Annual report of the Civil Veterinary Department, Bengal, and of the Bengal Veterinary College for the year 1903-1904 - 1903-1904
Year: 1903
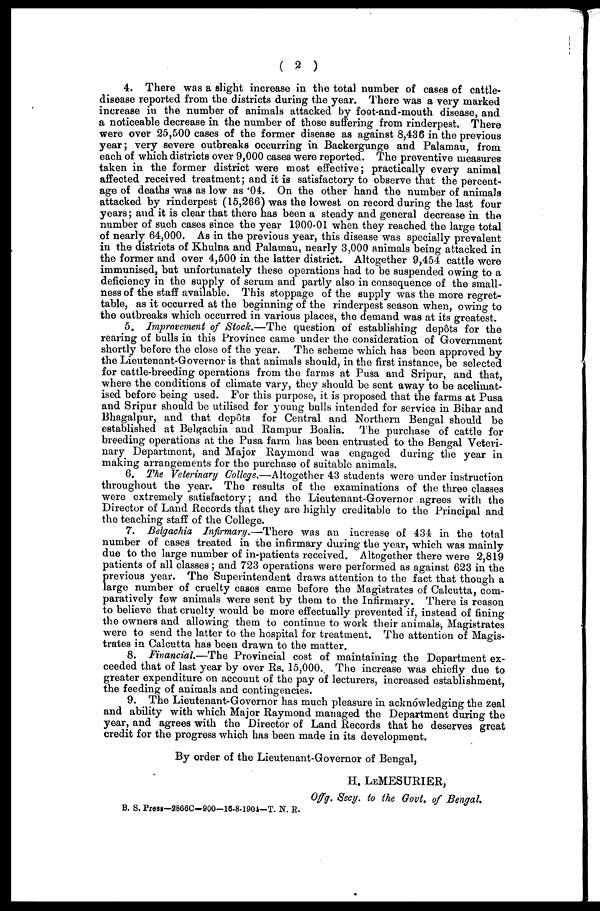
( 2 )
4. There was a slight increase in the total number of cases of cattle-
disease reported from the districts during the year. There was a very marked
increase in the number of animals attacked by foot-and-mouth disease, and
a noticeable decrease in the number of those suffering from rinderpest. There
were over 25,500 cases of the former disease as against 8,436 in the previous
year; very severe outbreaks occurring in Backergunge and Palamau, from
each of which districts over 9,000 cases were reported. The preventive measures
taken in the former district were most effective; practically every animal
affected received treatment; and it is satisfactory to observe that the percent-
age of deaths was as low as .04. On the other hand the number of animals
attacked by rinderpest (15,266) was the lowest on record during the last four
years; and it is clear that there has been a steady and general decrease in the
number of such cases since the year 1900-01 when they reached the large total
of nearly 64,000. As in the previous year, this disease was specially prevalent
in the districts of Khulna and Palamau, nearly 3,000 animals being attacked in
the former and over 4,500 in the latter district. Altogether 9,454 cattle were
immunised, but unfortunately these operations had to be suspended owing to a
deficiency in the supply of serum and partly also in consequence of the small-
ness of the staff available. This stoppage of the supply was the more regret-
table, as it occurred at the beginning of the rinderpest season when, owing to
the outbreaks which occurred in various places, the demand was at its greatest.
5. Improvement of Stock.—The question of establishing dep6ts for the
rearing of bulls in this Province came under the consideration of Government
shortly before the close of the year. The scheme which has been approved by
the Lieutenant-Governor is that animals should, in the first instance, be selected
for cattle-breeding operations from the farms at Pusa and Sripur, and that,
where the conditions of climate vary, they should be sent away to be acclimat-
ised before being used. For this purpose, it is proposed that the farms at Pusa
and Sripur should be utilised for young bulls intended for service in Bihar and
Bhagalpur, and that depots for Central and Northern Bengal should be
established at Belgachia and Rampur Boalia. The purchase of cattle for
breeding operations at the Pusa farm has been entrusted to the Bengal Veteri-
nary Department, and Major Raymond was engaged during the year in
making arrangements for the purchase of suitable animals.
6. The Veterinary College.—Altogether 43 students were under instruction
throughout the year. The results of the examinations of the three classes
were extremely satisfactory; and the Lieutenant-Governor agrees with the
Director of Land Records that they are highly creditable to the Principal and
the teaching staff of the College.
7. Belgachia Infirmary.—There was an increase of 434 in the total
number of cases treated in the infirmary during the year, which was mainly
due to the large number of in-patients received. Altogether there were 2,819
patients of all classes; and 723 operations were performed as against 623 in the
previous year. The Superintendent draws attention to the fact that though a
large number of cruelty cases came before the Magistrates of Calcutta, com-
paratively few animals were sent by them to the Infirmary. There is reason
to believe that cruelty would be more effectually prevented if, instead of fining
the owners and allowing them to continue to work their animals, Magistrates
were to send the latter to the hospital for treatment. The attention of Magis-
trates in Calcutta has been drawn to the matter.
8. Financial.—The Provincial cost of maintaining the Department ex-
ceeded that of last year by over Rs. 15,000. The increase was chiefly due to
greater expenditure on account of the pay of lecturers, increased establishment,
the feeding of animals and contingencies.
9. The Lieutenant-Governor has much pleasure in acknowledging the zeal
and ability with which Major Raymond managed the Department during the
year, and agrees with the Director of Land Records that he deserves great
credit for the progress which has been made in its development.
By order of the Lieutenant-Governor of Bengal,
H. LEMESURIER,
Offg. Secy. to the Govt. of Bengal.
B. S. Press—2866C—900-16-8-1904-T. N. R.